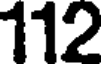
112